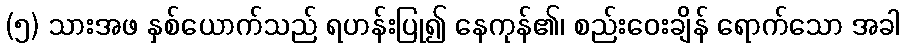
(၅) သားအဖ နှစ်ယောက်သည် ရဟန်းပြု၍ နေကုန်၏၊ စည်းဝေးချိန် ရောက်သော အခါ